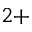
^ { 2 + }